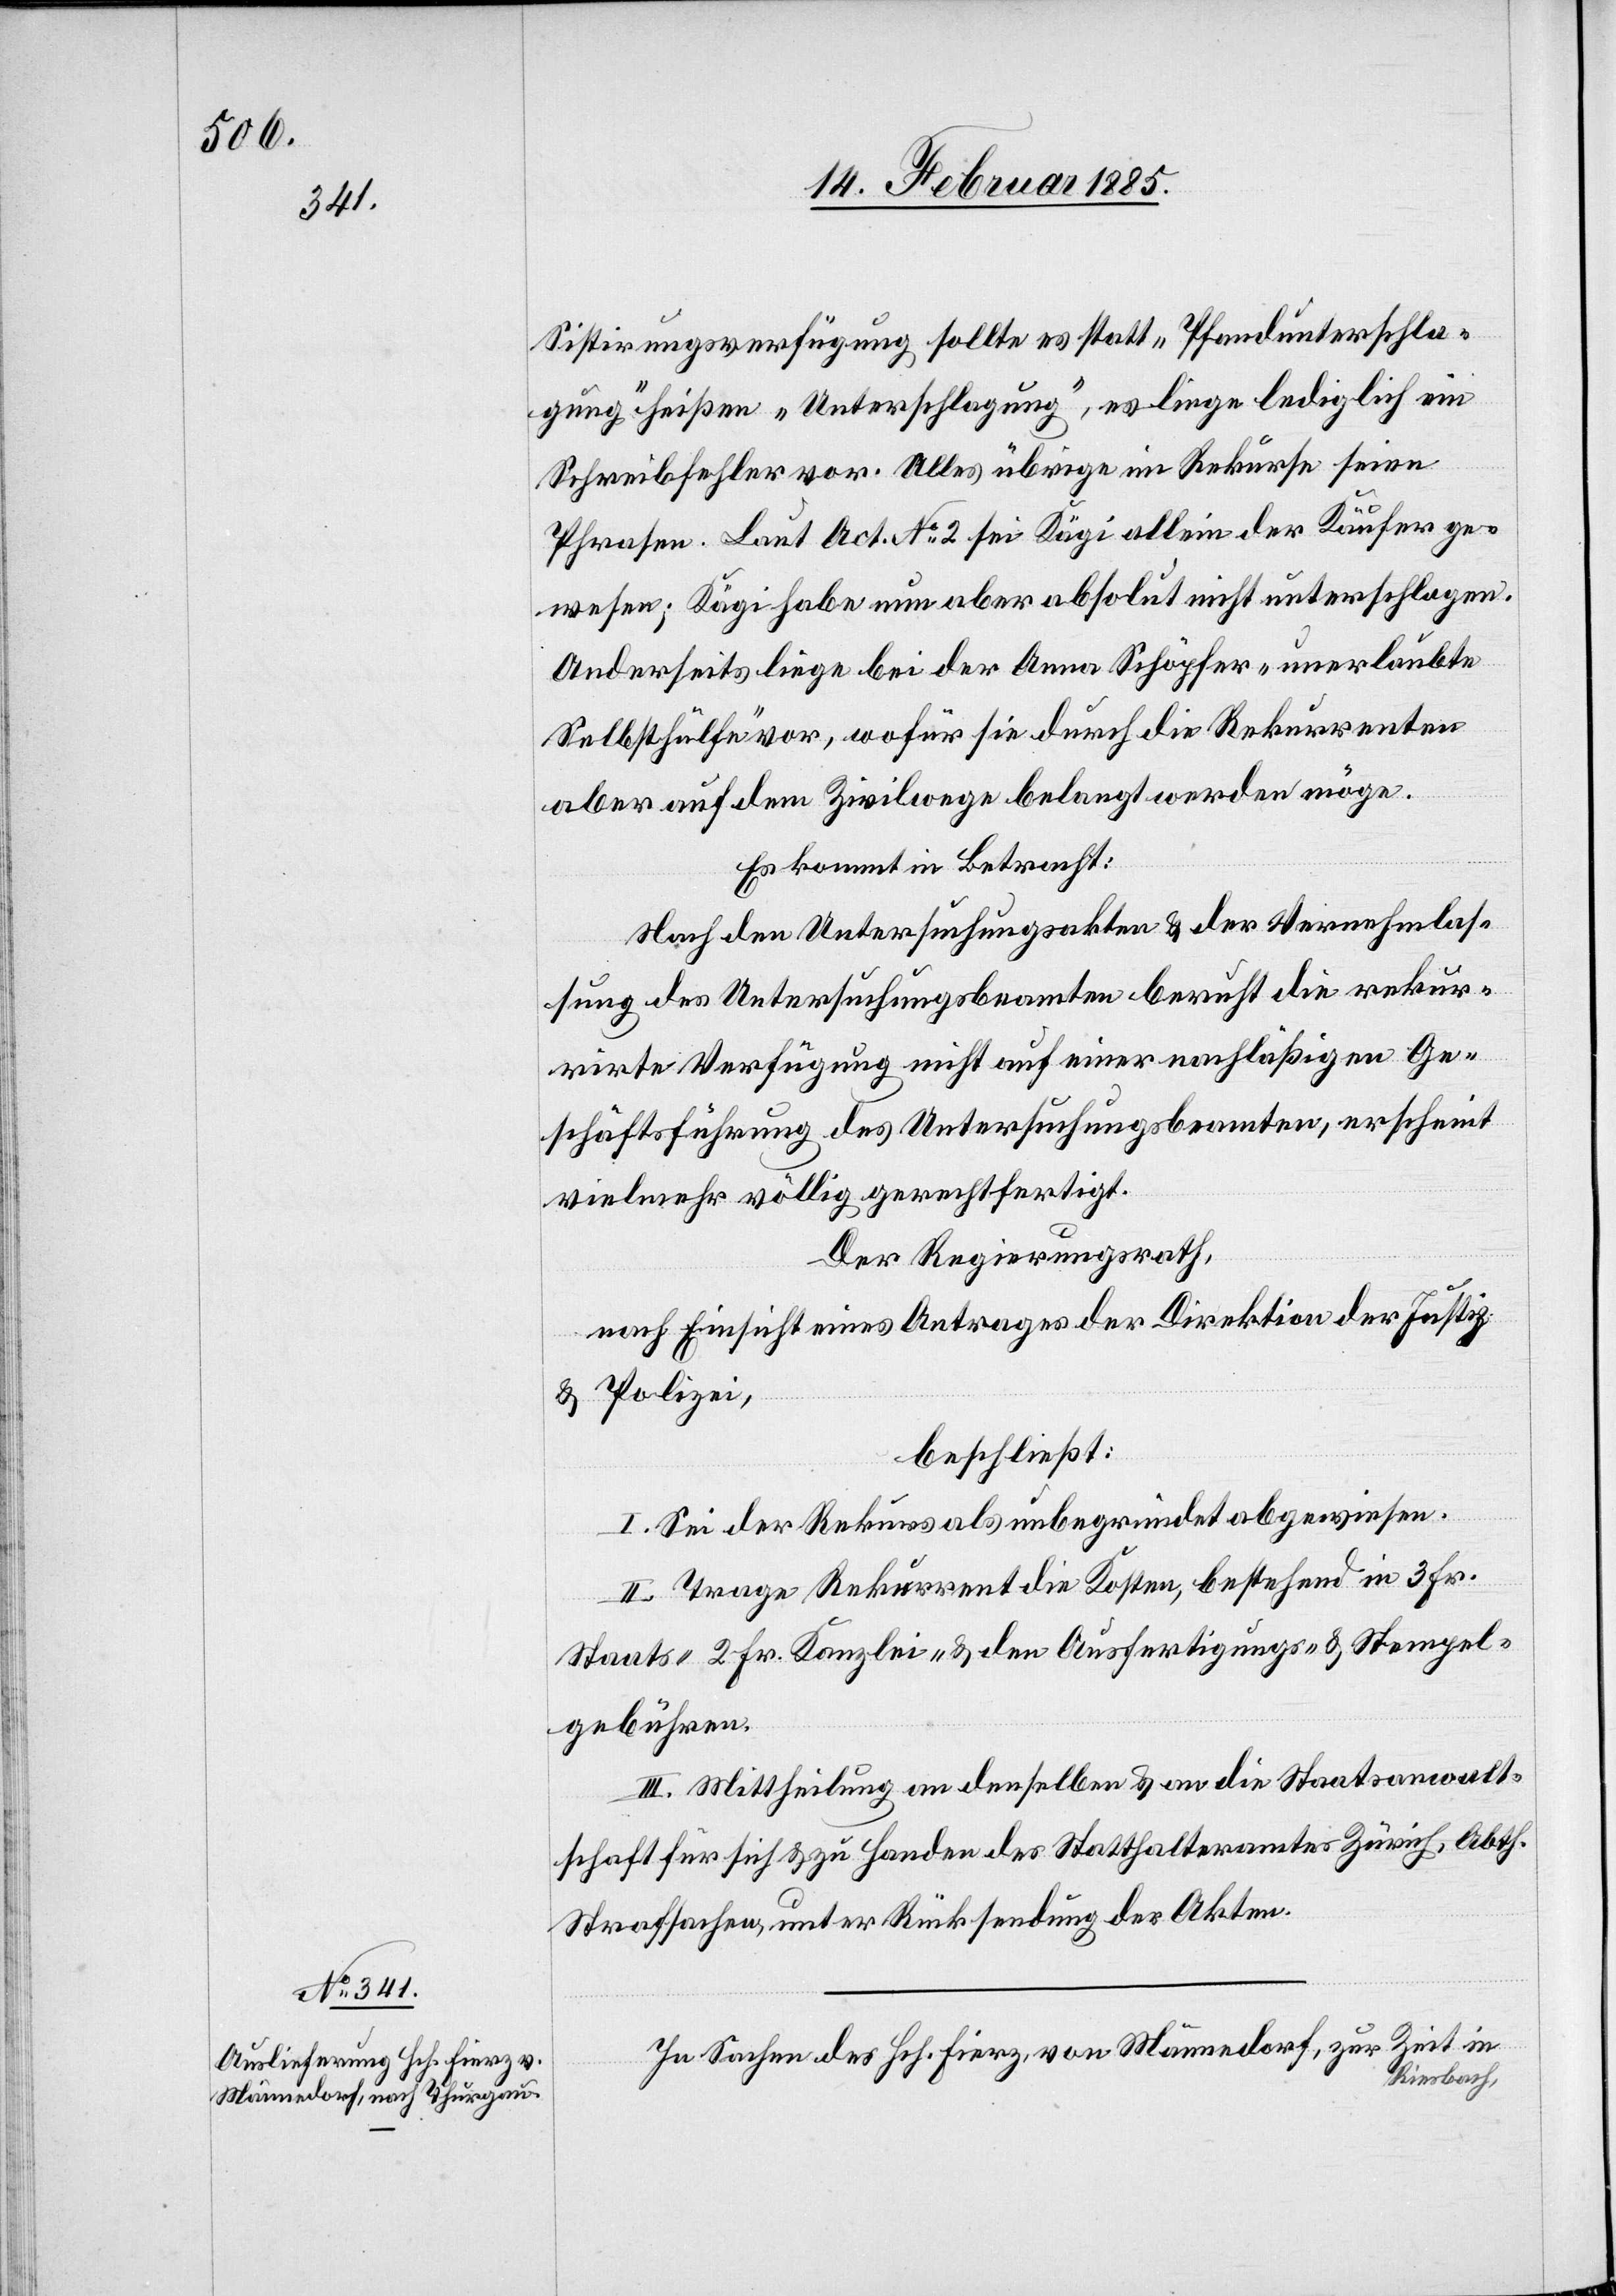
Sistirungsverfügung sollte es statt „Pfandunterschla¬
gung“ heißen „Unterschlagung“, es liege lediglich ein
Schreibfehler vor. Alles übrige im Rekurse seien
Phrasen. Laut Act. No 2 sei Kägi allein der Käufer ge¬
wesen; Kägi habe nun aber absolut nicht unterschlagen.
Anderseits liege bei der Anna Schöpfer „unerlaubte
Selbsthülfe“ vor, wofür sie durch die Rekurrenten
aber auf dem Zivilwege belangt werden möge.
Es kommt in Betracht:
Nach den Untersuchungsakten & der Vernehmlas¬
sung des Untersuchungsbeamten beruht die rekur¬
rirte Verfügung nicht auf einer nachhläßigen Ge¬
schäftsführung des Untersuchungsbeamten, erscheint
vielmehr völlig gerechtfertigt.
Der Regierungsrath,
nach Einsicht eines Antrages der Direktion der Justiz
& Polizei,
beschließt:
I. Sei der Rekurs als unbegründet abgewiesen.
II. Trage Rekurrent die Kosten, bestehend in 3 Fr.
Staats-[,] 2 Fr. Kanzlei- & den Ausfertigungs- & Stempel¬
gebühren.
III. Mittheilung an denselben & an die Staatsanwalt¬
schaft für sich & zu Handen des Statthalteramtes Zürich, Abth.
Strafsachen, unter Rücksendung der Akten.
In Sachen des Hch. Fierz, von Männedorf, zur Zeit in
Riesbach,